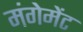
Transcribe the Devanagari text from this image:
मंगेमेंट